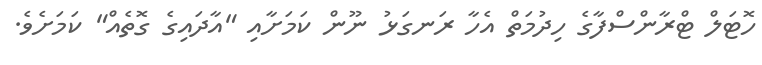
ހޮޓަލް ޓްރާންސްފާގެ ހިދުމަތް އެހާ ރަނގަޅު ނޫން ކަމަށާއި "އާދައިގެ ގޮތެއް" ކަމަށެވެ.